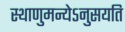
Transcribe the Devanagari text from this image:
स्थाणुमन्येऽनुसयति